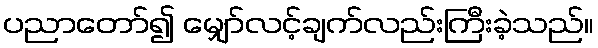
ပညာတော်၍ မျှော်လင့်ချက်လည်းကြီးခဲ့သည်။